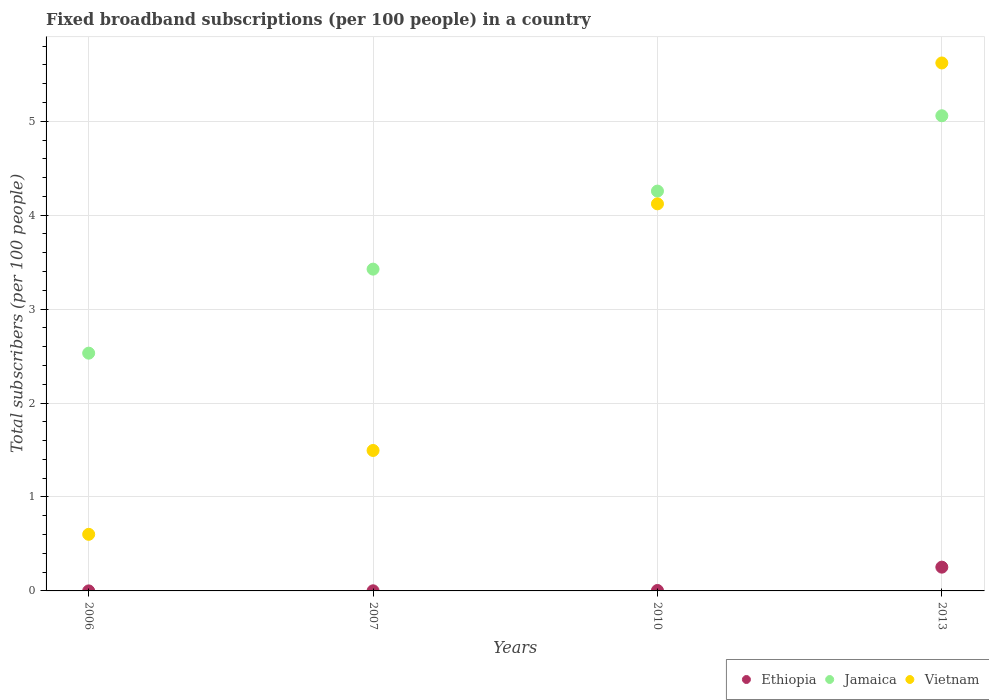
| Years | Ethiopia | Jamaica | Vietnam |
 | --- | --- | --- | --- |
 | 2006 | 0.000333 | 2.53 | 0.602 |
 | 2007 | 0.00129 | 3.43 | 1.5 |
 | 2010 | 0.00472 | 4.26 | 4.12 |
 | 2013 | 0.253 | 5.06 | 5.62 |